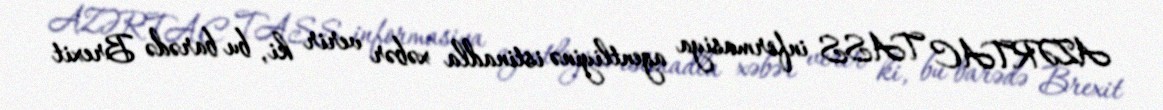
AZƏRTAC TASS informasiya agentliyinə istinadla xəbər verir ki, bu barədə Brexit